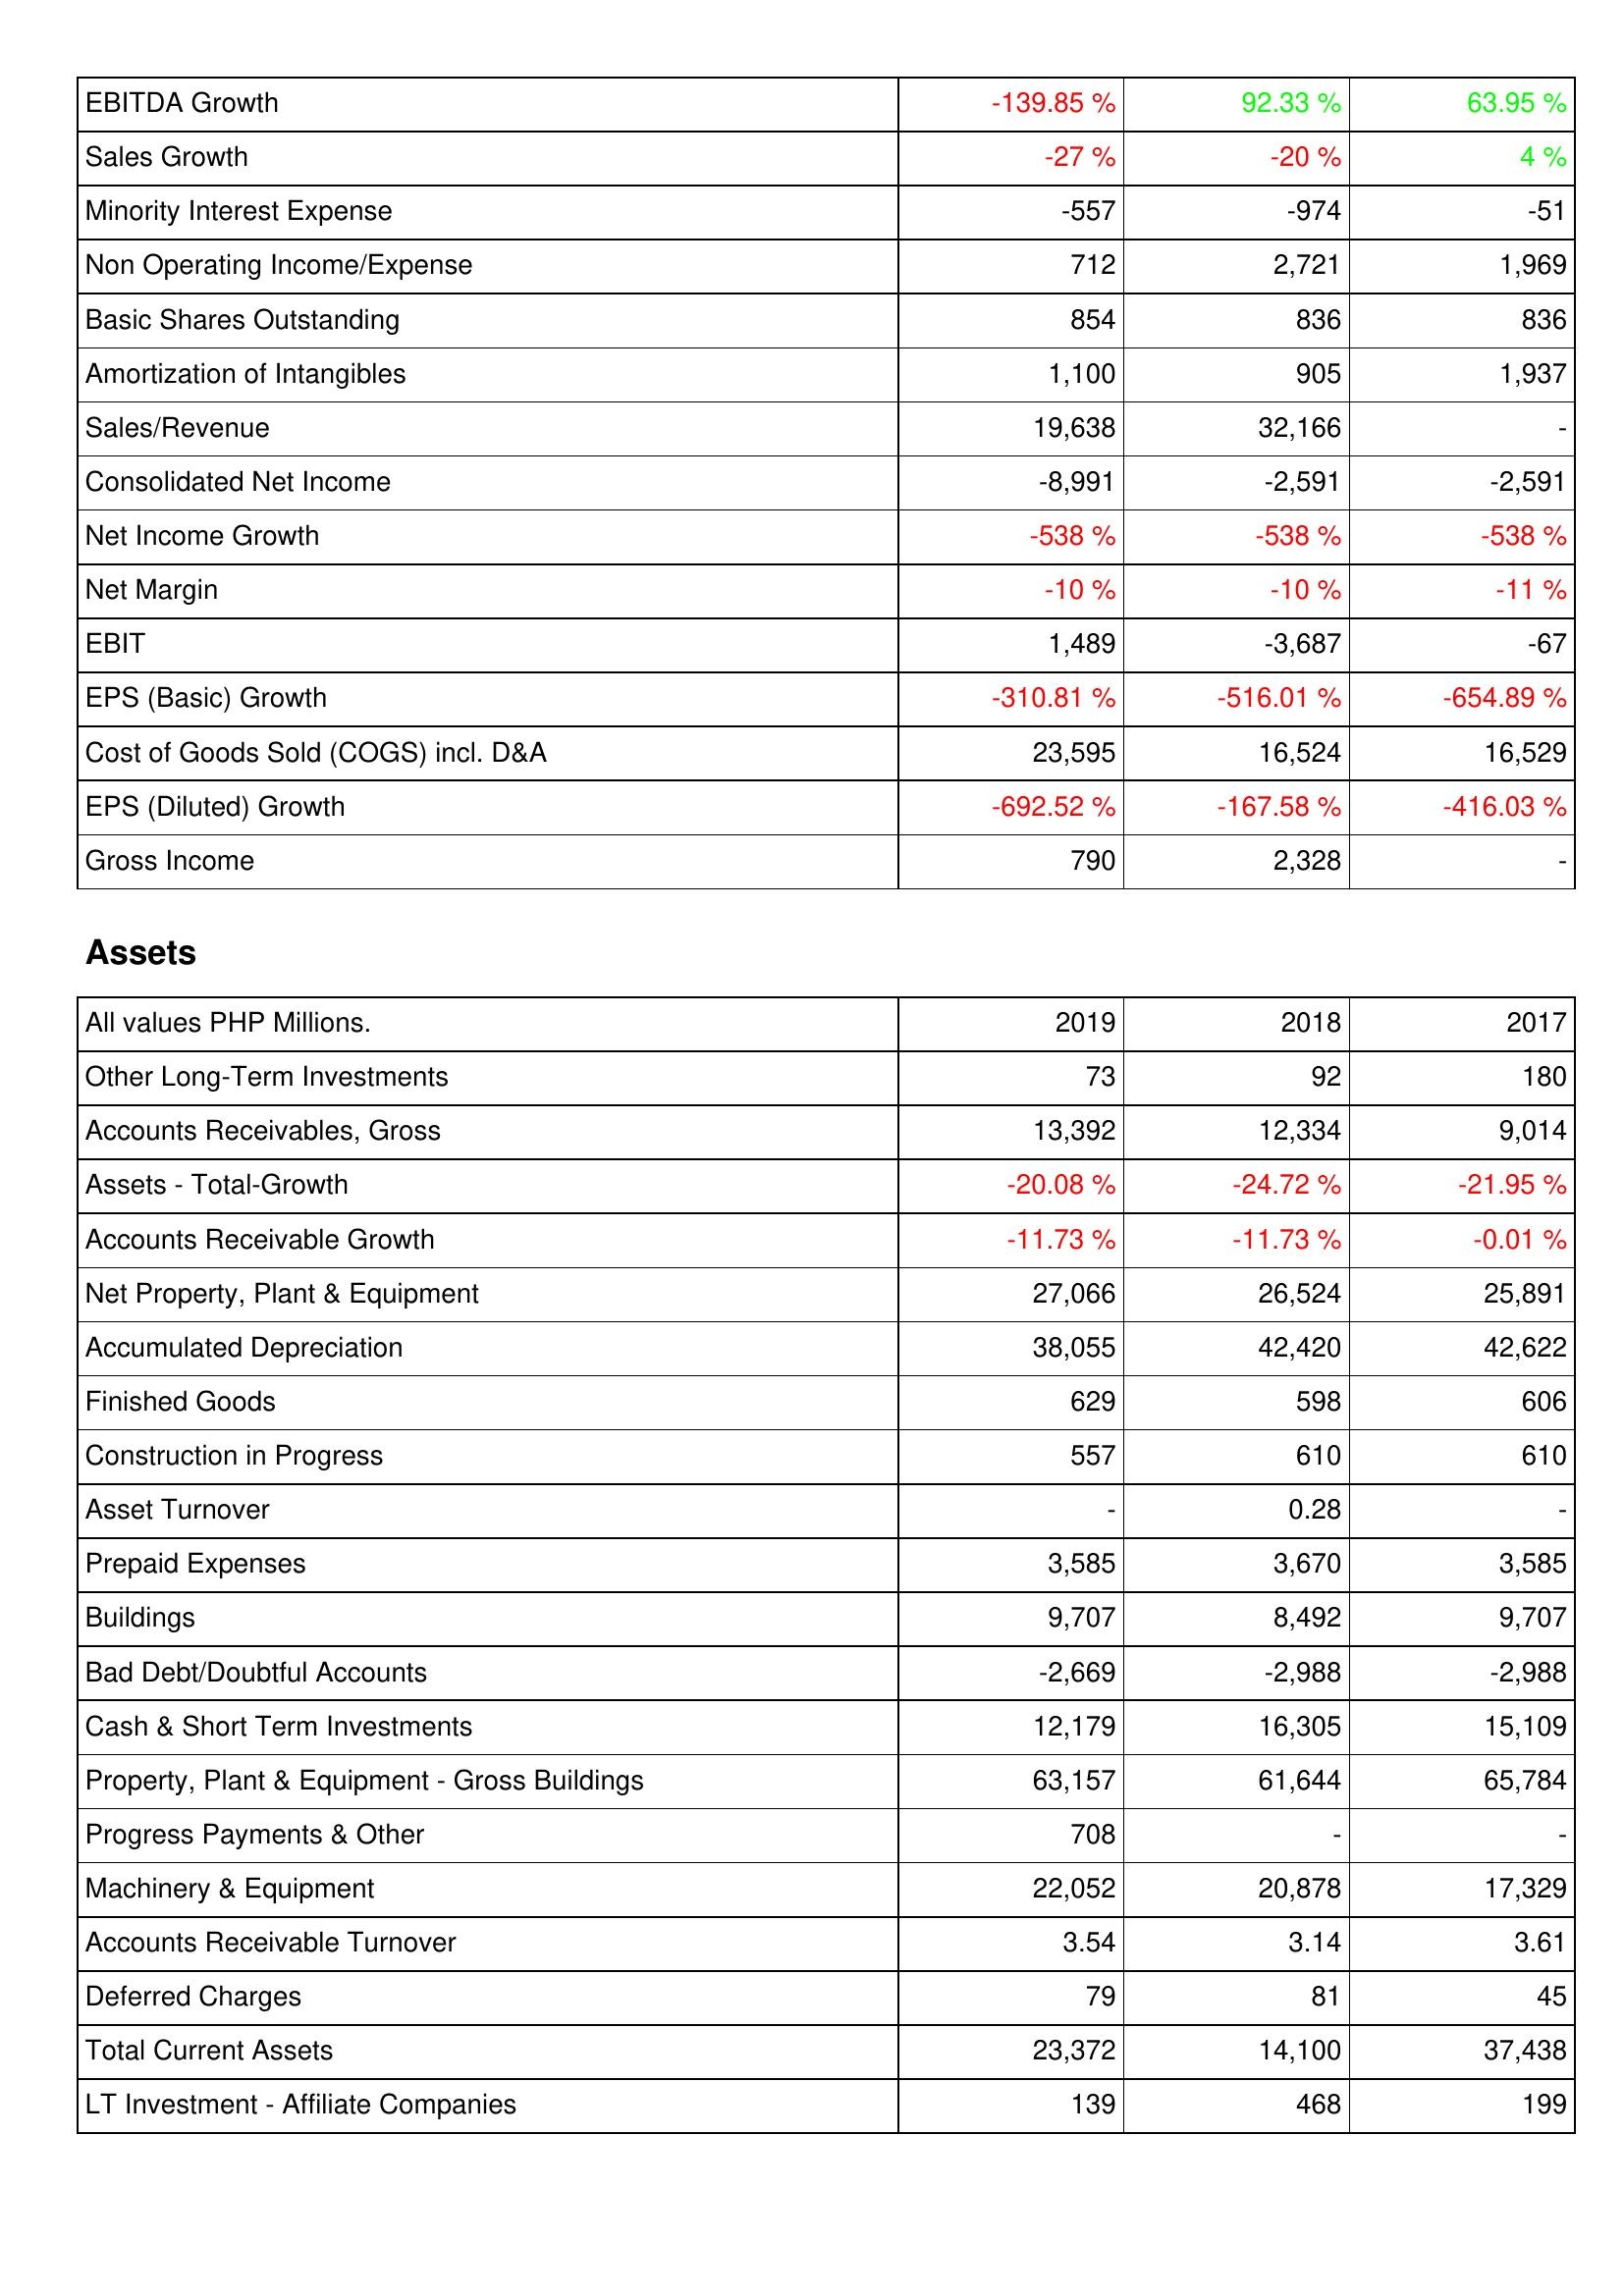
2019: Income Statement: EBITDA Growth: -139.85 %
Sales Growth: -27 %
Minority Interest Expense: -557
Non Operating Income/Expense: 712
Basic Shares Outstanding: 854
Amortization of Intangibles: 1,100
Sales/Revenue: 19,638
Consolidated Net Income: -8,991
Net Income Growth: -538 %
Net Margin: -10 %
EBIT: 1,489
EPS (Basic) Growth: -310.81 %
Cost of Goods Sold (COGS) incl. D&A: 23,595
EPS (Diluted) Growth: -692.52 %
Gross Income: 790
Assets: Other Long-Term Investments: 73
Accounts Receivables, Gross: 13,392
Assets - Total-Growth: -20.08 %
Accounts Receivable Growth: -11.73 %
Net Property, Plant & Equipment: 27,066
Accumulated Depreciation: 38,055
Finished Goods: 629
Construction in Progress: 557
Asset Turnover: -
Prepaid Expenses: 3,585
Buildings: 9,707
Bad Debt/Doubtful Accounts: -2,669
Cash & Short Term Investments: 12,179
Property, Plant & Equipment - Gross Buildings: 63,157
Progress Payments & Other: 708
Machinery & Equipment: 22,052
Accounts Receivable Turnover: 3.54
Deferred Charges: 79
Total Current Assets: 23,372
LT Investment - Affiliate Companies: 139
2018: Income Statement: EBITDA Growth: 92.33 %
Sales Growth: -20 %
Minority Interest Expense: -974
Non Operating Income/Expense: 2,721
Basic Shares Outstanding: 836
Amortization of Intangibles: 905
Sales/Revenue: 32,166
Consolidated Net Income: -2,591
Net Income Growth: -538 %
Net Margin: -10 %
EBIT: -3,687
EPS (Basic) Growth: -516.01 %
Cost of Goods Sold (COGS) incl. D&A: 16,524
EPS (Diluted) Growth: -167.58 %
Gross Income: 2,328
Assets: Other Long-Term Investments: 92
Accounts Receivables, Gross: 12,334
Assets - Total-Growth: -24.72 %
Accounts Receivable Growth: -11.73 %
Net Property, Plant & Equipment: 26,524
Accumulated Depreciation: 42,420
Finished Goods: 598
Construction in Progress: 610
Asset Turnover: 0.28
Prepaid Expenses: 3,670
Buildings: 8,492
Bad Debt/Doubtful Accounts: -2,988
Cash & Short Term Investments: 16,305
Property, Plant & Equipment - Gross Buildings: 61,644
Progress Payments & Other: -
Machinery & Equipment: 20,878
Accounts Receivable Turnover: 3.14
Deferred Charges: 81
Total Current Assets: 14,100
LT Investment - Affiliate Companies: 468
2017: Income Statement: EBITDA Growth: 63.95 %
Sales Growth: 4 %
Minority Interest Expense: -51
Non Operating Income/Expense: 1,969
Basic Shares Outstanding: 836
Amortization of Intangibles: 1,937
Sales/Revenue: -
Consolidated Net Income: -2,591
Net Income Growth: -538 %
Net Margin: -11 %
EBIT: -67
EPS (Basic) Growth: -654.89 %
Cost of Goods Sold (COGS) incl. D&A: 16,529
EPS (Diluted) Growth: -416.03 %
Gross Income: -
Assets: Other Long-Term Investments: 180
Accounts Receivables, Gross: 9,014
Assets - Total-Growth: -21.95 %
Accounts Receivable Growth: -0.01 %
Net Property, Plant & Equipment: 25,891
Accumulated Depreciation: 42,622
Finished Goods: 606
Construction in Progress: 610
Asset Turnover: -
Prepaid Expenses: 3,585
Buildings: 9,707
Bad Debt/Doubtful Accounts: -2,988
Cash & Short Term Investments: 15,109
Property, Plant & Equipment - Gross Buildings: 65,784
Progress Payments & Other: -
Machinery & Equipment: 17,329
Accounts Receivable Turnover: 3.61
Deferred Charges: 45
Total Current Assets: 37,438
LT Investment - Affiliate Companies: 199